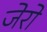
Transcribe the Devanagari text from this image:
जेरो